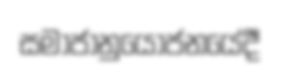
සමාජානුයෝජනයේදී